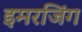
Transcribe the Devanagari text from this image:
इमरजिंग